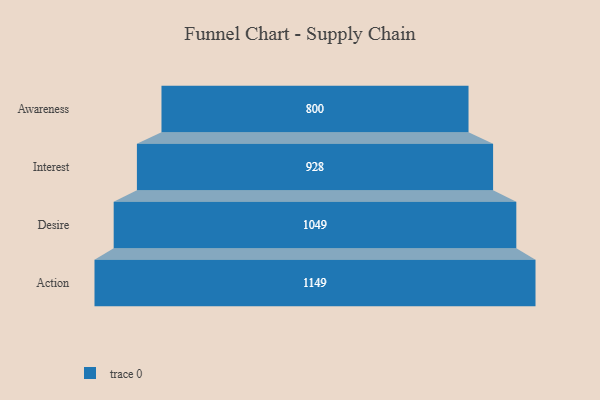
{"axis": {"x": "Stage", "y": "Value"}, "legend": [""], "data": [{"x": "Awareness", "y": 800.0, "type": ""}, {"x": "Interest", "y": 928.0, "type": ""}, {"x": "Desire", "y": 1049.0, "type": ""}, {"x": "Action", "y": 1149.0, "type": ""}]}